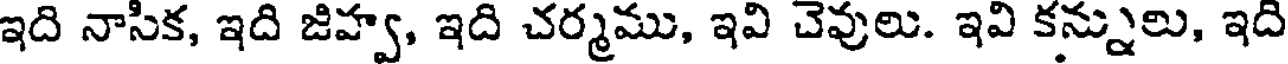
ఇది నాసిక, ఇది జిహ్వ, ఇది చర్మము, ఇవి చెవులు. ఇవి కన్నులు, ఇది